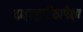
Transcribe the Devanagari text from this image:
व्यासपीठापेक्षा